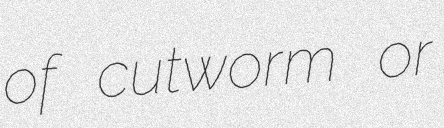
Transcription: of cutworm or